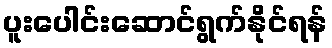
ပူးပေါင်းဆောင်ရွက်နိုင်ရန်